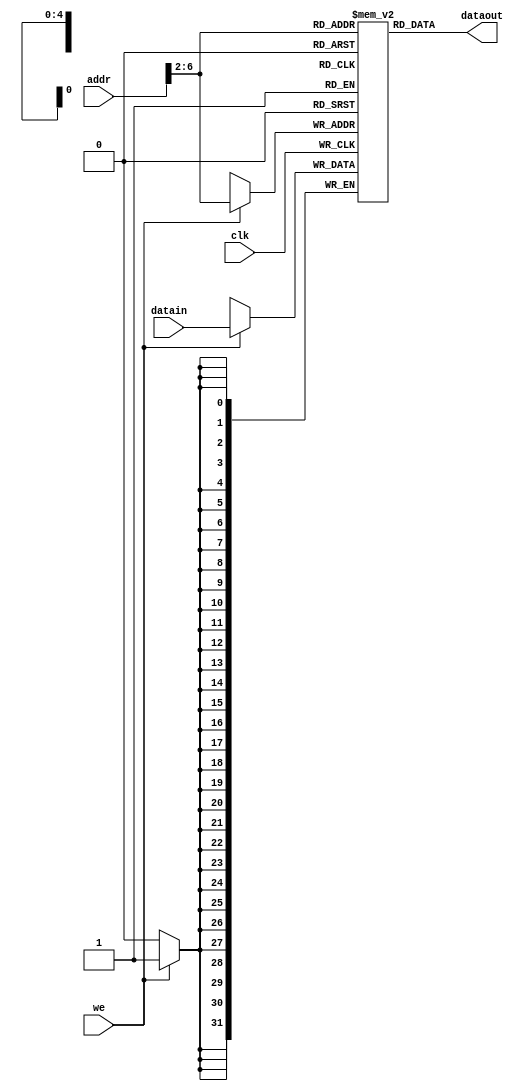
module scdatamem(
    input clk,
    input [31:0] addr,
    input we,
    input [31:0] datain,
    output [31:0] dataout
    );
    
    reg [31:0] ram [0:31];
    assign dataout = ram[addr[6:2]];
    always@(posedge clk)
    if(we) 
    ram[addr[6:2]] = datain;
        
        integer i;
        initial begin                        // initialize memory         
        for (i = 0; i < 32; i = i + 1)             
            ram[i] = 0;         
        // ram[word_addr] = data         // (byte_addr)          
        ram[5'h14] = 32'h000000a3;       // (50hex)          
        ram[5'h15] = 32'h00000027;       // (54hex)          
        ram[5'h16] = 32'h00000079;       // (58hex)          
        ram[5'h17] = 32'h00000115;       // (5chex)          
        ram[5'h18] = 32'h00000258;       // the sum stored by sw instruction     
        end
endmodule